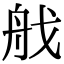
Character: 𦨜